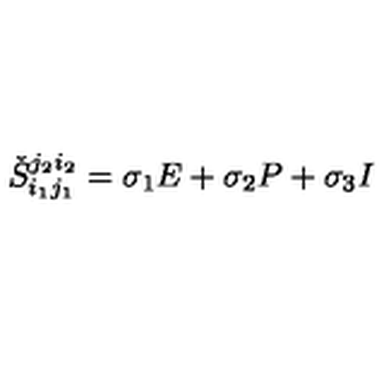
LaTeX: \check { S } _ { i _ { 1 } j _ { 1 } } ^ { j _ { 2 } i _ { 2 } } = \sigma _ { 1 } E + \sigma _ { 2 } P + \sigma _ { 3 } I